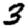
Digit: 3